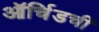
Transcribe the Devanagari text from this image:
ऑर्चिडची